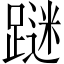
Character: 𲄀